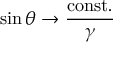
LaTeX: \sin \theta \rightarrow \frac { \mathrm { c o n s t . } } { \gamma }